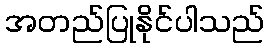
အတည်ပြုနိုင်ပါသည်